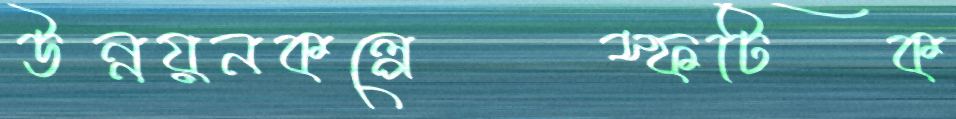
উন্নয়নকল্পেস্ফটিক